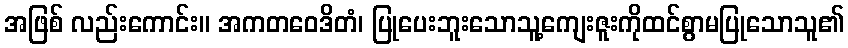
အဖြစ် လည်းကောင်း။ အကတဝေဒိတံ၊ ပြုပေးဘူးသောသူ့ကျေးဇူးကိုထင်စွာမပြုသောသူ၏